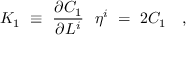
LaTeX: K _ { 1 } \ \equiv \ \frac { \partial C _ { 1 } } { \partial L ^ { i } } \ \ \eta ^ { i } \ = \ 2 C _ { 1 } \ \ \ ,